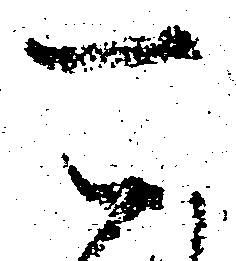
可